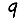
Digit: 9